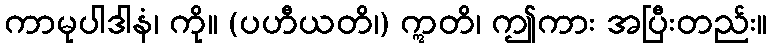
ကာမုပါဒါနံ၊ ကို။ (ပဟီယတိ၊) ဣတိ၊ ဤကား အပြီးတည်း။